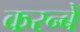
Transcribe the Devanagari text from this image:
करन्बे